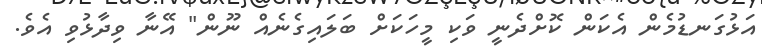
އަޅުގަނޑުމެން އެކަން ކޮށްދެނީ ވަކި މީހަކަށް ބަލައިގެނެއް ނޫން" އޭނާ ވިދާޅުވި އެވެ.